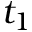
t _ { 1 }